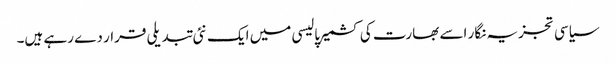
سیاسی تجزیہ نگار اسے بھارت کی کشمیر پالیسی میں ایک نئی تبدیلی قرار دے رہے ہیں۔